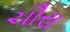
ચૌરા